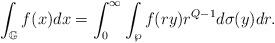
LaTeX: \begin{align*}\int_{\mathbb{G}}f(x)dx=\int_{0}^{\infty}\int_{\wp}f(ry)r^{Q-1}d\sigma(y)dr.\end{align*}